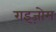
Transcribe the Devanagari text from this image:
राइज़ोम